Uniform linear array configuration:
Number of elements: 4
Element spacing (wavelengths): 0.25
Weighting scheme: uniform
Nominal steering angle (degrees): -30
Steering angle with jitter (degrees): -30.07
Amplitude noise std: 0.05
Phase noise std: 0.05

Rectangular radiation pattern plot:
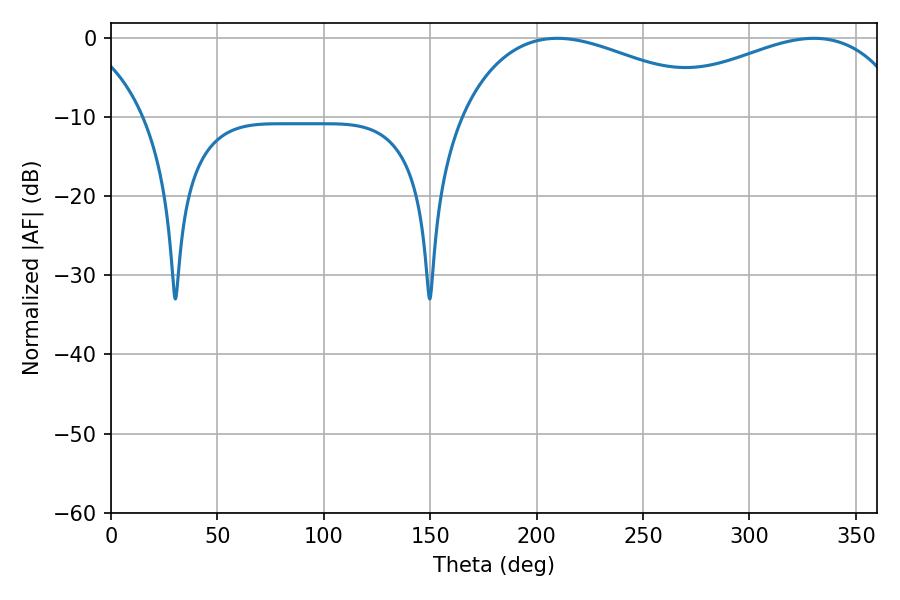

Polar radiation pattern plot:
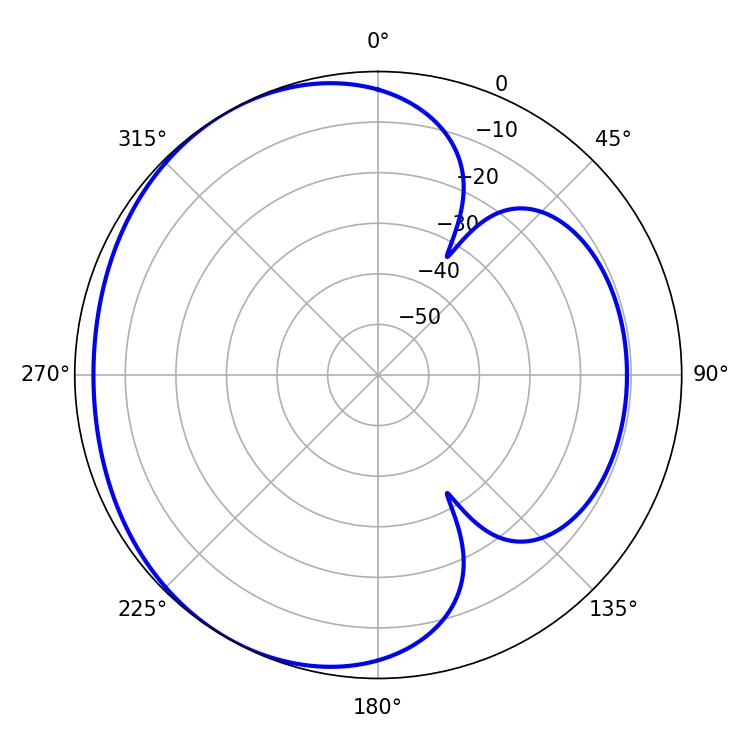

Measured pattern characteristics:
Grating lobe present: FALSE
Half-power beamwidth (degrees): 70.2
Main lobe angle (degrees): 209.7